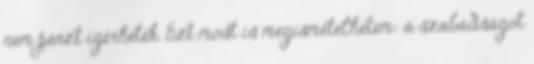
nem pénzt ígérhetek. Ezt most is megismételhetem: a szabadságot